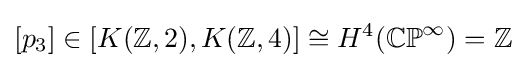
[p_{3}]\in [K(\mathbb {Z} ,2),K(\mathbb {Z} ,4)]\cong H^{4}(\mathbb {CP} ^{\infty })=\mathbb {Z}